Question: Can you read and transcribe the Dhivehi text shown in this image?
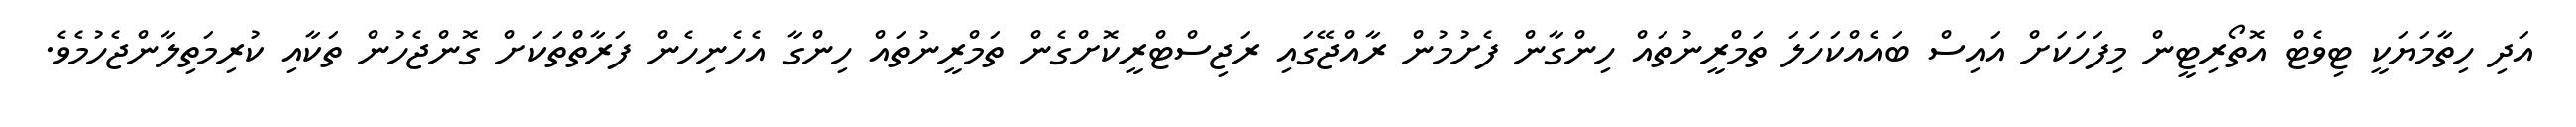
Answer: އަދި ހިތާމަޔަކީ ޓިވެޓް އޮތޯރިޓީން މިފަހަކަށް އައިސް ބައެއްކަހަލަ ތަމްރީނުތައް ހިންގާން ފެށުމުން ރާއްޖޭގައި ރަޖިސްޓްރީކޮށްގެން ތަމްރީނުތައް ހިންގާ އެހެނިހެން ފަރާތްތަކަށް ގޮންޖެހުން ތަކާއި ކުރިމަތިލާންޖެހުމެވެ.